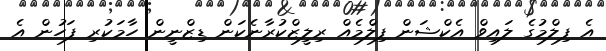
އެ ފިލްމުގެ ލައިވް އެކްޝަން ފިލްމެއް ރިލީޒްކުރާނެކަން ޑިޒްނީން ހާމަކުރި ފަހުން އެ